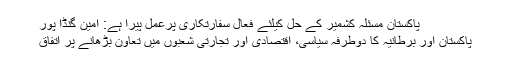
پاکستان مسئلہ کشمیر کے حل کیلئے فعال سفارتکاری پرعمل پیرا ہے: امین گنڈا پور
پاکستان اور برطانیہ کا دوطرفہ سیاسی، اقتصادی اور تجارتی شعبوں میں تعاون بڑھانے پر اتفاق